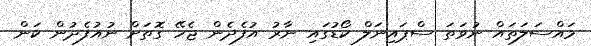
މައްސަލަތައް ނުވަތަ ސްޕައިނަލް ކޯޑުގައި ނާރު އުފެދެން ޖެހޭ ގޮތަށް ނުއުފެދުން ކަން